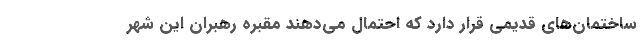
ساختمان‌های قدیمی قرار دارد که احتمال می‌دهند مقبره رهبران این شهر